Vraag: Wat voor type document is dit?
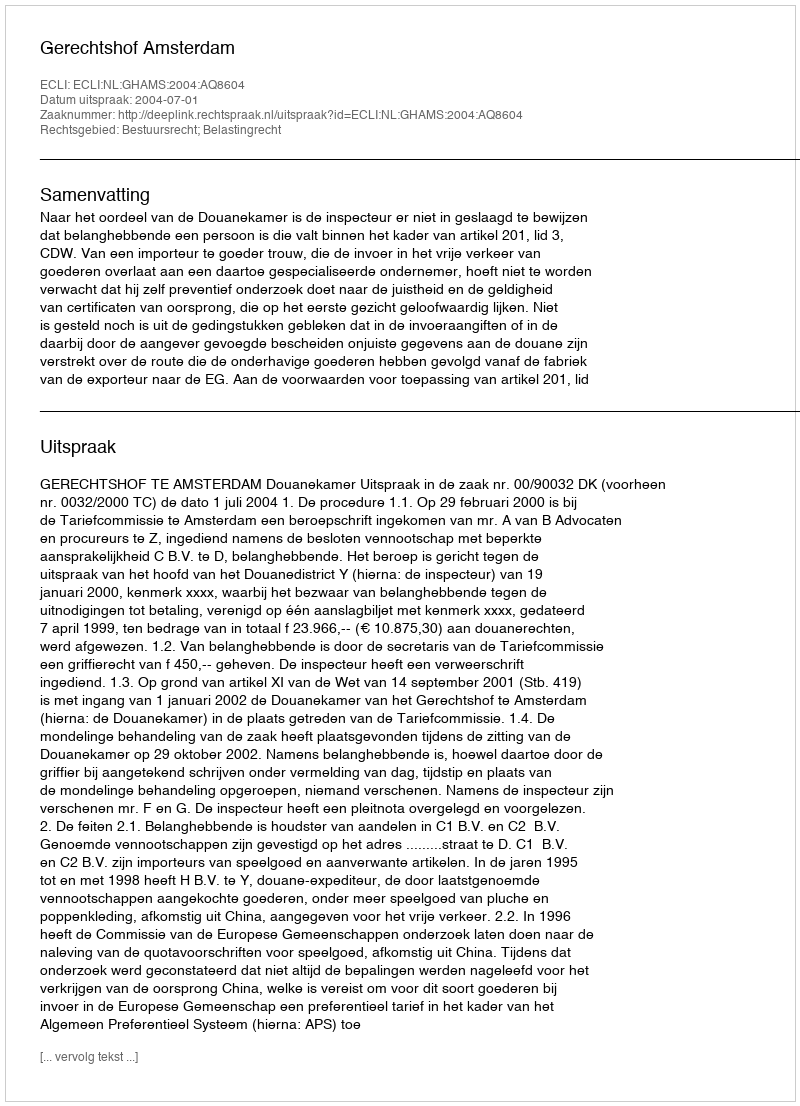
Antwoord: Uitspraak